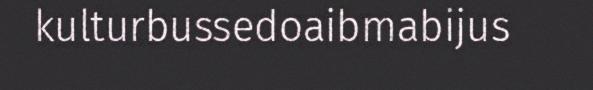
kulturbussedoaibmabijus